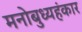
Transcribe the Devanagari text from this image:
मनोबुध्यहंकार